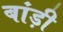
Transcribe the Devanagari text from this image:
बांड़ी